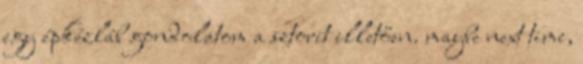
egy épkézláb gondolatom a sztorit illetően. maybe next time,